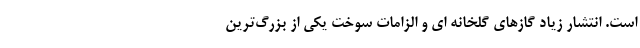
است. انتشار زیاد گازهای گلخانه ای و الزامات سوخت یکی از بزرگ‌ترین